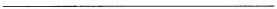
___